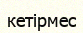
кетірмес